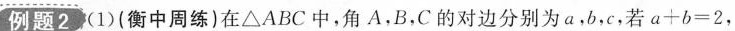
例题2 (1)(衡中周练)在△ABC中，角A，B，C的对边分别为a，b，c，若$$a + b = 2$$，